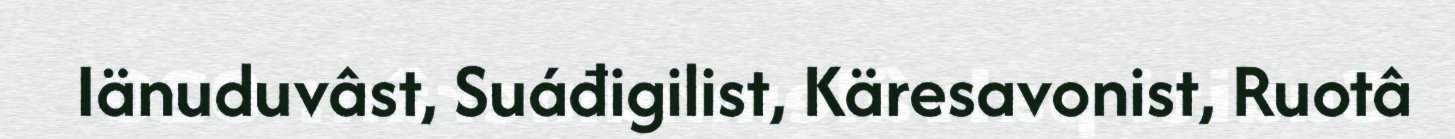
Iänuduvâst, Suáđigilist, Käresavonist, Ruotâ